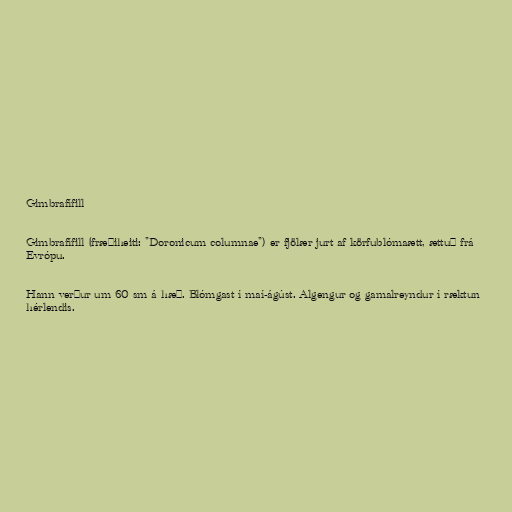
Gimbrafífill

Gimbrafífill (fræðiheiti: "Doronicum columnae") er fjölær jurt af körfublómaætt, ættuð frá
Evrópu.

Hann verður um 60 sm á hæð. Blómgast í maí-ágúst. Algengur og gamalreyndur í ræktun
hérlendis.